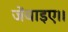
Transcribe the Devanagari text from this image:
जेंवाइए।।